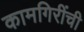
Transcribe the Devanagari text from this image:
कामगिरींची